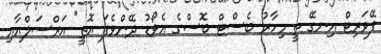
ފޭވަރިޓް އިނގޭ ތީ މިހާރު ބެސްޓް ބޮސްގެ އެވޯޑު ދޭންވެފަ އޮތީ" އަރްސަލްއާއި